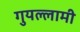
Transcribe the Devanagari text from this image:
गुयल्लामी